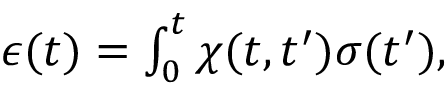
\begin{array} { r } { \epsilon ( t ) = \int _ { 0 } ^ { t } \chi ( t , t ^ { \prime } ) \sigma ( t ^ { \prime } ) , } \end{array}